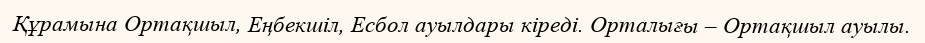
Құрамына Ортақшыл, Еңбекшіл, Есбол ауылдары кіреді. Орталығы – Ортақшыл ауылы.